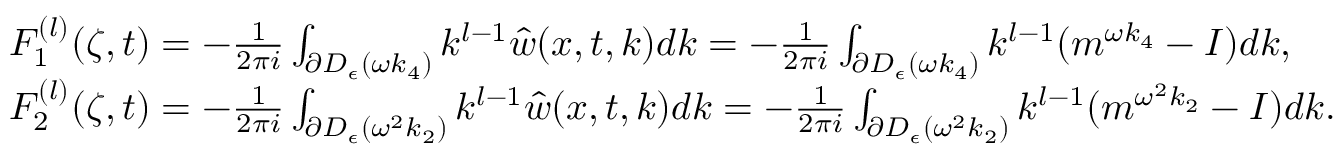
\begin{array} { r l } & { F _ { 1 } ^ { ( l ) } ( \zeta , t ) = - \frac { 1 } { 2 \pi i } \int _ { \partial D _ { \epsilon } ( \omega k _ { 4 } ) } k ^ { l - 1 } \hat { w } ( x , t , k ) d k = - \frac { 1 } { 2 \pi i } \int _ { \partial D _ { \epsilon } ( \omega k _ { 4 } ) } k ^ { l - 1 } ( m ^ { \omega k _ { 4 } } - I ) d k , } \\ & { F _ { 2 } ^ { ( l ) } ( \zeta , t ) = - \frac { 1 } { 2 \pi i } \int _ { \partial D _ { \epsilon } ( \omega ^ { 2 } k _ { 2 } ) } k ^ { l - 1 } \hat { w } ( x , t , k ) d k = - \frac { 1 } { 2 \pi i } \int _ { \partial D _ { \epsilon } ( \omega ^ { 2 } k _ { 2 } ) } k ^ { l - 1 } ( m ^ { \omega ^ { 2 } k _ { 2 } } - I ) d k . } \end{array}